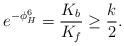
\begin{align*}e^{-\phi^6_H}={K_b\over K_f}\geq {k\over 2}.\end{align*}